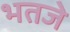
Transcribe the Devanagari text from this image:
भतजे